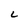
Character: L